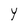
Character: Y